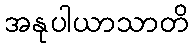
အနုပါယာသာတိ